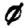
Digit: 0